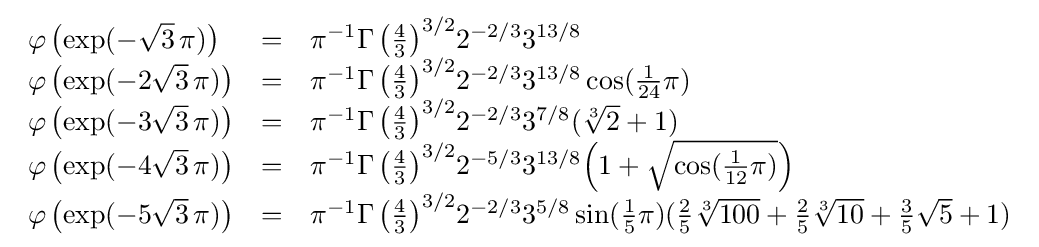
{\begin{array}{lll}\varphi \left(\exp(-{\sqrt {3}}\,\pi )\right)&=&\pi ^{-1}{\Gamma \left({\tfrac {4}{3}}\right)}^{3/2}2^{-2/3}3^{13/8}\\\varphi \left(\exp(-2{\sqrt {3}}\,\pi )\right)&=&\pi ^{-1}{\Gamma \left({\tfrac {4}{3}}\right)}^{3/2}2^{-2/3}3^{13/8}\cos({\tfrac {1}{24}}\pi )\\\varphi \left(\exp(-3{\sqrt {3}}\,\pi )\right)&=&\pi ^{-1}{\Gamma \left({\tfrac {4}{3}}\right)}^{3/2}2^{-2/3}3^{7/8}({\sqrt[{3}]{2}}+1)\\\varphi \left(\exp(-4{\sqrt {3}}\,\pi )\right)&=&\pi ^{-1}{\Gamma \left({\tfrac {4}{3}}\right)}^{3/2}2^{-5/3}3^{13/8}{\Bigl (}1+{\sqrt {\cos({\tfrac {1}{12}}\pi )}}{\Bigr )}\\\varphi \left(\exp(-5{\sqrt {3}}\,\pi )\right)&=&\pi ^{-1}{\Gamma \left({\tfrac {4}{3}}\right)}^{3/2}2^{-2/3}3^{5/8}\sin({\tfrac {1}{5}}\pi )({\tfrac {2}{5}}{\sqrt[{3}]{100}}+{\tfrac {2}{5}}{\sqrt[{3}]{10}}+{\tfrac {3}{5}}{\sqrt {5}}+1)\end{array}}